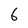
Character: 6